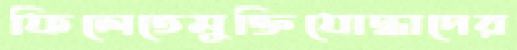
ফিলেতেমুক্তিযোদ্ধাদের